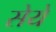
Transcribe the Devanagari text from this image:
सेये